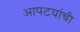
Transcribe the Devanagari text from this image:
आपटयांची